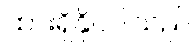
ထားရှိနိုင်ပါသည်